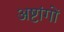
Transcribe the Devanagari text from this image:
अष्टांगों